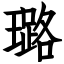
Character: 璐